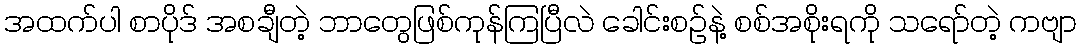
အထက်ပါ စာပိုဒ် အစချီတဲ့ ဘာတွေဖြစ်ကုန်ကြပြီလဲ ခေါင်းစဉ်နဲ့ စစ်အစိုးရကို သရော်တဲ့ ကဗျာ